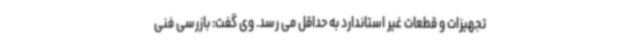
تجهیزات و قطعات غیر استاندارد به حداقل می رسد. وی گفت: بازرسی فنی